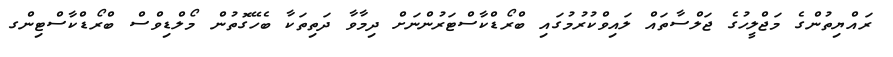
ރައްޔިތުންގެ މަޖްލީހުގެ ޖަލްސާތައް ލައިވްކުރުމުގައި ބްރޯޑްކާސްޓަރުންނަށް ދިމާވާ ދަތިތަކާ ބެހޭގޮތުން މޯލްޑިވްސް ބްރޯޑްކާސްޓިންގ